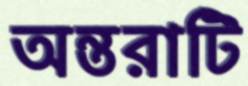
অন্তরাটি